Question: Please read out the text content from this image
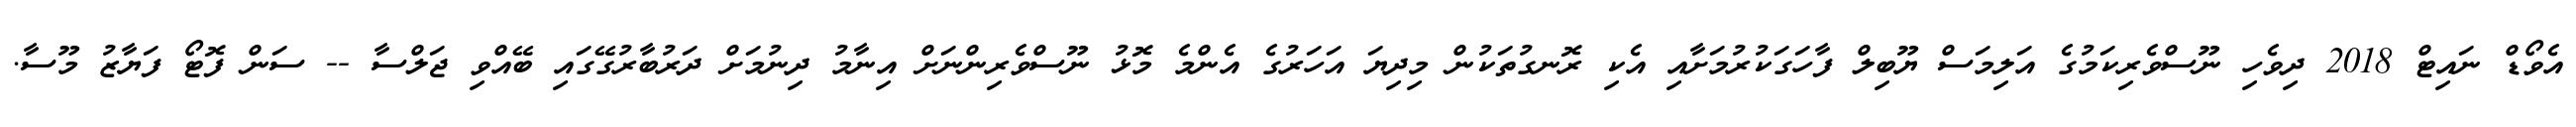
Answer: އެވޯޑް ނައިޓް 2018 ދިވެހި ނޫސްވެރިކަމުގެ އަލިމަސް ޔޫބިލް ފާހަގަކުރުމަށާއި އެކި ރޮނގުތަކުން މިދިޔަ އަހަރުގެ އެންމެ މޮޅު ނޫސްވެރިންނަށް އިނާމު ދިނުމަށް ދަރުބާރުގޭގައި ބޭއްވި ޖަލްސާ -- ސަން ފޮޓޯ ފަޔާޒު މޫސާ.